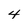
Character: 4